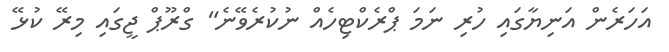
އަހަރެން އަނިޔާގައި ހުރި ނަމަ ޕްރެކްޓިހެއް ނުކުރެވޭނެ" ގްރޫޕް ޖީގައި މިރޭ ކުޅޭ